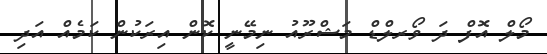
މޯލް އޮފް ދަ ވޯރލްޑް މަޝްރޫއު ނިމޭނީ ކޮން އިރަކުން ކަމެއް އަދި